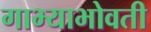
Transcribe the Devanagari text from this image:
गाभ्याभोवती